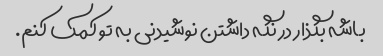
باشه بگذار در نگه داشتن نوشیدنی به تو کمک کنم.